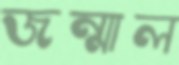
জন্মাল